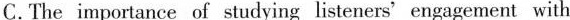
C.The importance of studying listeners'engagement with